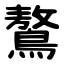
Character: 鷔